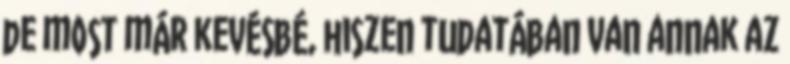
de most már kevésbé, hiszen tudatában van annak az